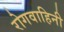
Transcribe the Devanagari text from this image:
रोगवाहिनी